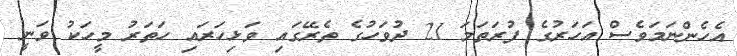
އެހެންނަމަވެސް އަހަރުގެ ފުރަތަމަ 21 ދުވަހުގެ ތެރޭގައި ވަޅިހަރައި ހަތަރު މީހަކު ވަނީ